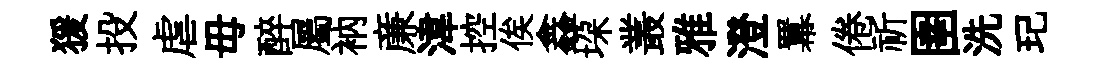
猨投虐毋醉屬衲亷湋控俟鑫垜叢雅澄羃倦祈圉洗玘